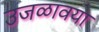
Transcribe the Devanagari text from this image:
उजळावया